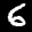
Label: 6